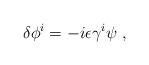
LaTeX: \begin{align*}\delta \phi^i = -i \epsilon \gamma^i \psi ~ ,\end{align*}